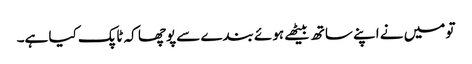
تو میں نے اپنے ساتھ بیٹھے ہوئے بندے سے پوچھا کہ ٹاپک کیا ہے۔